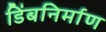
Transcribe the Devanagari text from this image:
डिंबनिर्माण